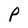
Character: P